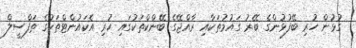
ގުޅުން ހުރި ބޭފުޅުންގެ ބޭރު ގައުމުތަކާއި ރާއްޖޭގެ ބޭންކްތަކުގައި ހުރި އެކައުންޓްތަކުގެ ތަފްސީލް